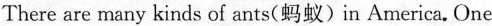
There are many kinds of ants(蚂蚁)in America.One